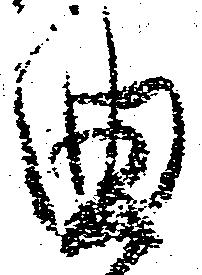
曲